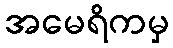
အမေရိကမှ